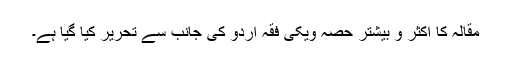
مقالہ کا اکثر و بیشتر حصہ ویکی فقہ اردو کی جانب سے تحریر کیا گیا ہے۔